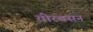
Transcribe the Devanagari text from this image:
चीरवसन